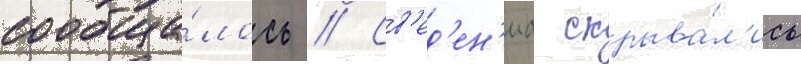
сообща́лось // Св'ед'ен'иа скрыва́л'ись